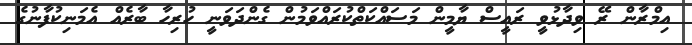
އިމްރާން ރޭ ވިދާޅުވީ ރައީސް ޔާމީން މަސައްކަތްކުރައްވަަމުން ގެންދަވަނީ ހުރިހާ ބާރެއް އެމަނިކުފާނުގެ